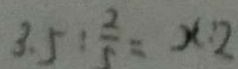
3 . 5 : \frac { 2 } { 5 } = x : 2